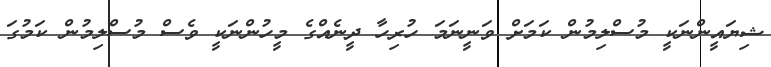
ޝިޔައީންނަކީ މުސްލިމުން ކަމަށް ވަނީނަަމަ ހުރިހާ ދީނެއްގެ މީހުންނަކީ ވެސް މުސްލިމުން ކަމުގަ